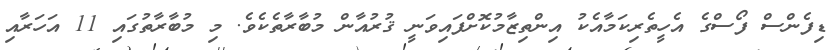
ޑިފެންސް ފޯސްގެ އެހީތެރިކަމާއެކު އިންތިޒާމުކޮށްފައިވަނީ ޤުރުއާން މުބާރާތެކެވެ. މި މުބާރާތުގައި 11 އަހަރާއި